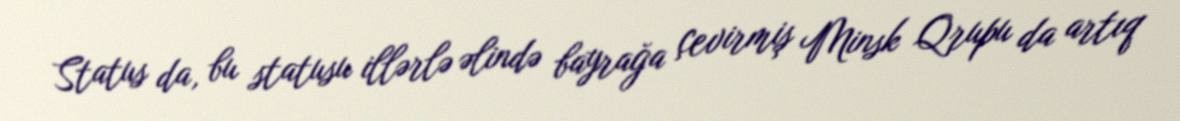
Status da, bu statusu illərlə əlində bayrağa çevirmiş Minsk Qrupu da artıq